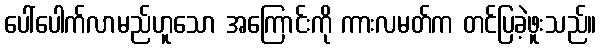
ပေါ်ပေါက်လာမည်ဟူသော အကြောင်းကို ကားလမတ်က တင်ပြခဲ့ဖူးသည်။